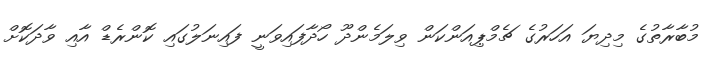
މުބާރާތުގެ މިދިޔަ އަހަރުގެ ޗެމްޕިއަންކަން ވިލަމެންދޫ ހޯދާފައިވަނީ ފައިނަލުގައި ކޮންރެޑް އާއި ވާދަކޮށް